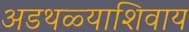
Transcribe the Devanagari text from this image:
अडथळ्याशिवाय